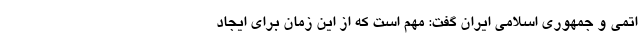
اتمی و جمهوری اسلامی ایران گفت: مهم است که از این زمان برای ایجاد